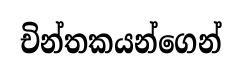
චින්තකයන්ගෙන්